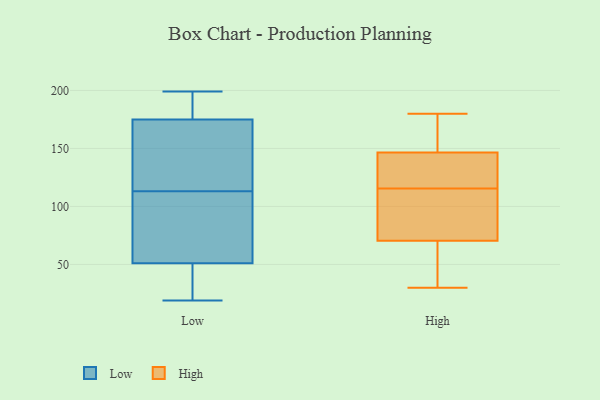
{"axis": {"x": "Active Users", "y": "Value"}, "legend": ["High", "Low"], "data": [{"x": "", "y": 19, "type": "Low"}, {"x": "", "y": 29, "type": "Low"}, {"x": "", "y": 199, "type": "Low"}, {"x": "", "y": 52, "type": "Low"}, {"x": "", "y": 176, "type": "Low"}, {"x": "", "y": 181, "type": "Low"}, {"x": "", "y": 89, "type": "Low"}, {"x": "", "y": 41, "type": "Low"}, {"x": "", "y": 119, "type": "Low"}, {"x": "", "y": 107, "type": "Low"}, {"x": "", "y": 51, "type": "Low"}, {"x": "", "y": 175, "type": "Low"}, {"x": "", "y": 119, "type": "Low"}, {"x": "", "y": 172, "type": "Low"}, {"x": "", "y": 140, "type": "High"}, {"x": "", "y": 74, "type": "High"}, {"x": "", "y": 130, "type": "High"}, {"x": "", "y": 101, "type": "High"}, {"x": "", "y": 166, "type": "High"}, {"x": "", "y": 67, "type": "High"}, {"x": "", "y": 153, "type": "High"}, {"x": "", "y": 138, "type": "High"}, {"x": "", "y": 180, "type": "High"}, {"x": "", "y": 95, "type": "High"}, {"x": "", "y": 30, "type": "High"}, {"x": "", "y": 61, "type": "High"}]}